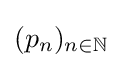
(p_{n})_{n\in \mathbb {N} }